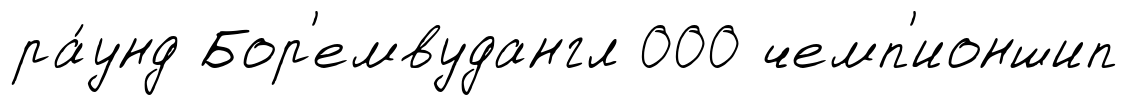
ра́унд Бор'емвудангл 000 чемп'ионшип